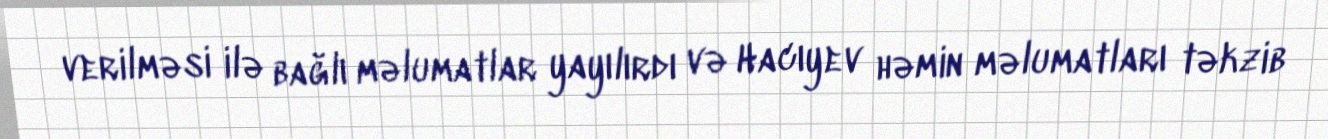
verilməsi ilə bağlı məlumatlar yayılırdı və Hacıyev həmin məlumatları təkzib